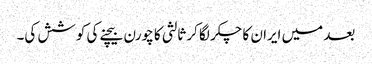
بعد میں ایران کا چکر لگا کر ثالثی کا چورن بیچنے کی کوشش کی۔